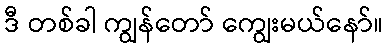
ဒီ တစ်ခါ ကျွန်တော် ကျွေးမယ်နော်။